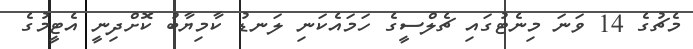
މެޗުގެ 14 ވަނަ މިނެޓުގައި ޗެލްސީގެ ހަމައެކަނި ލަނޑު ކާމިޔާބު ކޮށްދިނީ އެޓީމުގެ